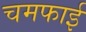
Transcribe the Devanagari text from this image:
चमफाई